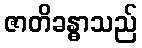
ဇာတိခန္ဓာသည်